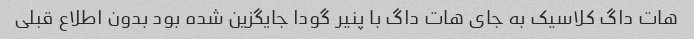
هات داگ کلاسیک به جای هات داگ با پنیر گودا جایگزین شده بود بدون اطلاع قبلی